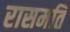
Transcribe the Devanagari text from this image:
रासमति